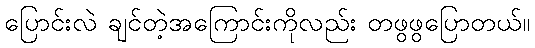
ပြောင်းလဲ ချင်တဲ့အကြောင်းကိုလည်း တဖွဖွပြောတယ်။